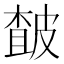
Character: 皶